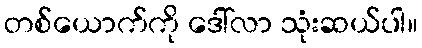
တစ်ယောက်ကို ဒေါ်လာ သုံးဆယ်ပါ။